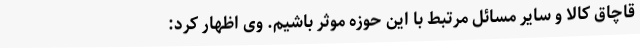
قاچاق کالا و سایر مسائل مرتبط با این حوزه موثر باشیم. وی اظهار کرد: